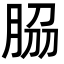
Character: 𦚰